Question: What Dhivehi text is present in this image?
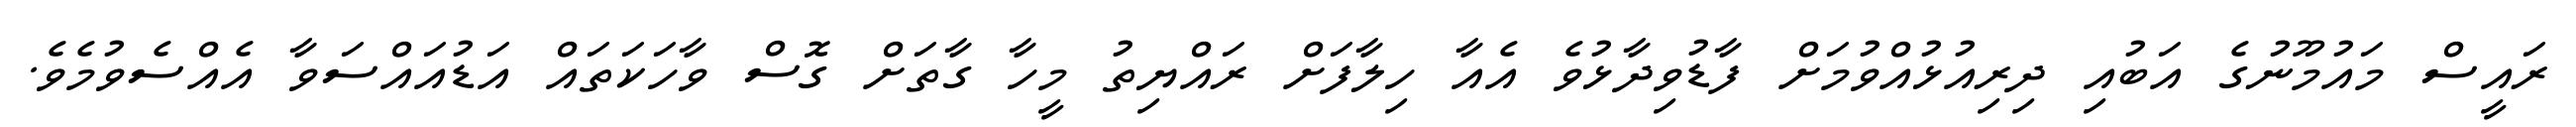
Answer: ރައީސް މައުމޫނުގެ އަބުއި ދިރިއުޅުއްވުމަށް ފާޑުވިދާޅުވެ އެއާ ހިލާފަށް ރައްޔިތު މީހާ ގާތަށް ގޮސް ވާހަކަތައް އަޑުއައްސަވާ އެއްސެވުމެވެ.